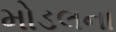
મોડલના